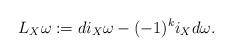
LaTeX: \begin{align*}L_X\omega:=d i_X\omega - (-1)^k i_X d\omega.\end{align*}